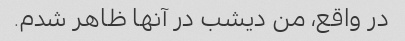
در واقع، من دیشب در آنها ظاهر شدم.